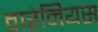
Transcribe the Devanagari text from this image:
वारेनियस